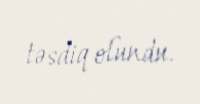
təsdiq olundu.